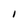
Character: 1